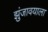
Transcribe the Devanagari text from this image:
झुंजावयाला